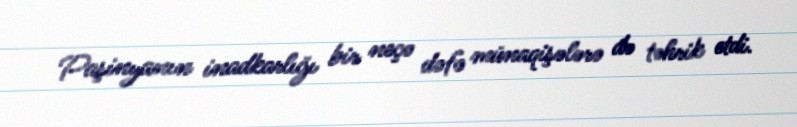
Paşinyanın inadkarlığı bir neçə dəfə münaqişələrə də təhrik etdi.